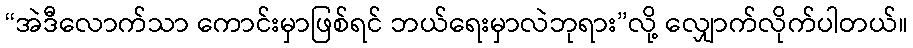
“အဲဒီလောက်သာ ကောင်းမှာဖြစ်ရင် ဘယ်ရေးမှာလဲဘုရား”လို့ လျှောက်လိုက်ပါတယ်။